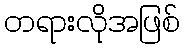
တရားလိုအဖြစ်